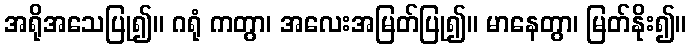
အရိုအသေပြု၍။ ဂရုံ ကတွာ၊ အလေးအမြတ်ပြု၍။ မာနေတွာ၊ မြတ်နိုး၍။